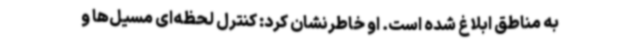
به مناطق ابلاغ شده است. او خاطرنشان کرد: کنترل لحظه‌ای مسیل‌ها و